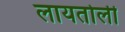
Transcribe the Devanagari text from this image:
लायतोली